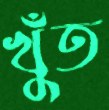
খুঁত